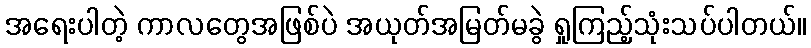
အရေးပါတဲ့ ကာလတွေအဖြစ်ပဲ အယုတ်အမြတ်မခွဲ ရှုကြည့်သုံးသပ်ပါတယ်။